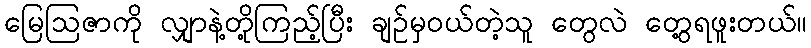
မြေဩဇာကို လျှာနဲ့တို့ကြည့်ပြီး ချဉ်မှဝယ်တဲ့သူ တွေလဲ တွေ့ရဖူးတယ်။